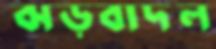
ঝড়বাদল